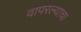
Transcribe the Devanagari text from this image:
वापरल्याचा